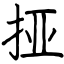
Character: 挜